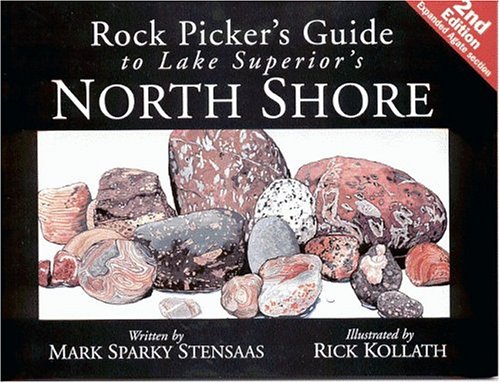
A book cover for Rock Picker's Guide to Lake Superior's North Shore (North Woods Naturalist Guides); Mark Sparky Stensaas; Science & Math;